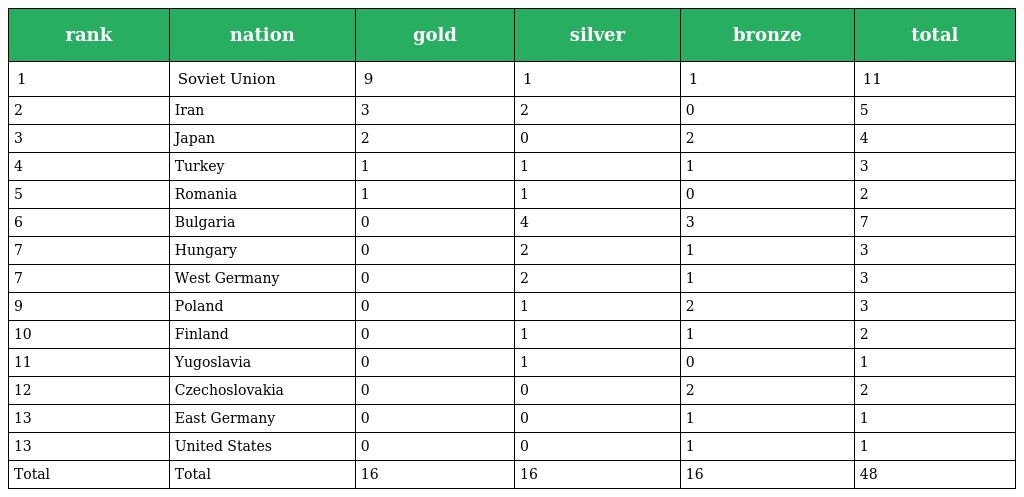
| rank | nation | gold | silver | bronze | total |
 | --- | --- | --- | --- | --- | --- |
 | 1 | Soviet Union | 9 | 1 | 1 | 11 |
 | 2 | Iran | 3 | 2 | 0 | 5 |
 | 3 | Japan | 2 | 0 | 2 | 4 |
 | 4 | Turkey | 1 | 1 | 1 | 3 |
 | 5 | Romania | 1 | 1 | 0 | 2 |
 | 6 | Bulgaria | 0 | 4 | 3 | 7 |
 | 7 | Hungary | 0 | 2 | 1 | 3 |
 | 7 | West Germany | 0 | 2 | 1 | 3 |
 | 9 | Poland | 0 | 1 | 2 | 3 |
 | 10 | Finland | 0 | 1 | 1 | 2 |
 | 11 | Yugoslavia | 0 | 1 | 0 | 1 |
 | 12 | Czechoslovakia | 0 | 0 | 2 | 2 |
 | 13 | East Germany | 0 | 0 | 1 | 1 |
 | 13 | United States | 0 | 0 | 1 | 1 |
 | Total | Total | 16 | 16 | 16 | 48 |